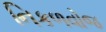
નિકળવોજ